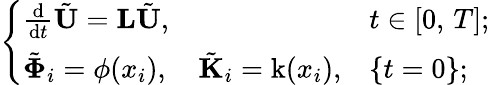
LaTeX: \left\{ \begin{array}{ll}{\frac{\mathrm{d}}{\mathrm{d}t}\tilde{\mathbf{U}}=\mathbf{L}\tilde{\mathbf{U}},}&{t\in[0,\, T];}\\ {\tilde{\boldsymbol{\Phi}}_{i}=\phi(x_{i}),\quad\tilde{\mathbf{K}}_{i}=\mathrm{k}(x_{i}),}&{\{ t=0\} ;}\end{array}\right.